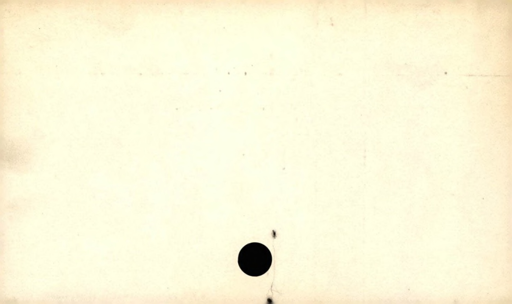
Label: blank